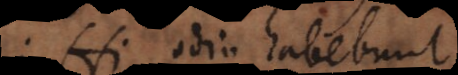
Hi odio habebunt